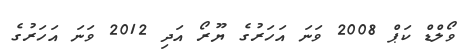
ވޯލްޑް ކަޕް 2008 ވަނަ އަހަރުގެ ޔޫރޯ އަދި 2012 ވަނަ އަހަރުގެ